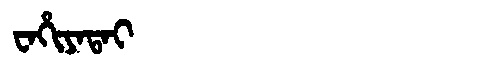
Manchu: ᠸᠠᡥᡳᠶᠠᡨᠠᡳ
Romanization: WAHIYATAI